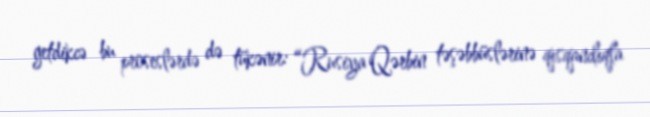
getdikcə bu proseslərdə də tükənir: “Rusiya Qərbin təşəbbüslərinə qısqanclıqla